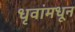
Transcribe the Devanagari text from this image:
धृवांमधून